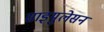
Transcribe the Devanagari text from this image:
साइमुलेसन